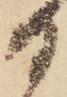
日